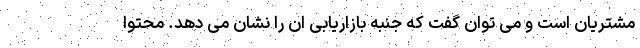
مشتریان است و می توان گفت که جنبه بازاریابی ان را نشان می دهد. محتوا